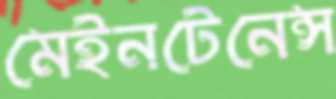
মেইনটেনেন্স